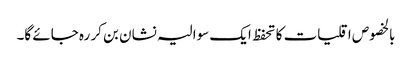
بالخصوص اقلیات کا تحفظ ایک سوالیہ نشان بن کر رہ جائے گا۔